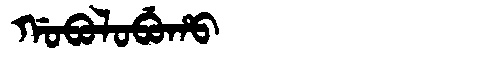
Manchu: ᡤᠣᠪᠣᠯᠣᠪᡠᡥᠣ
Romanization: GOBOLOBUHO